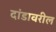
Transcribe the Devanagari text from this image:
दांडावरील